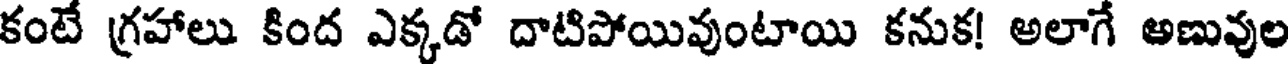
కంటే గ్రహాలు కింద ఎక్కడో దాటిపోయివుంటాయి కనుక! అలాగే అణువుల